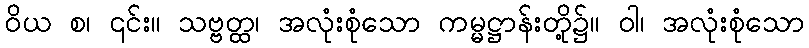
ဝိယ စ၊ ၎င်း။ သဗ္ဗတ္ထ၊ အလုံးစုံသော ကမ္မဋ္ဌာန်းတို့၌။ ဝါ၊ အလုံးစုံသော